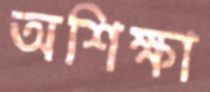
অশিক্ষা